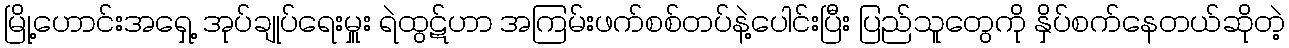
မြို့ဟောင်းအရှေ့ အုပ်ချုပ်ရေးမှူး ရဲထွဋ်ဟာ အကြမ်းဖက်စစ်တပ်နဲ့ပေါင်းပြီး ပြည်သူတွေကို နှိပ်စက်နေတယ်ဆိုတဲ့